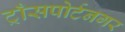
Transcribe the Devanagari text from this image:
ट्राँसपोर्टनगर